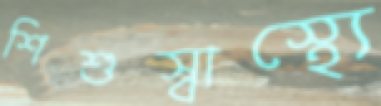
শিশুস্বাস্থ্যে